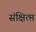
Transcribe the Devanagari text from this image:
संक्षित्प्त